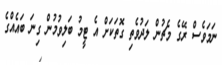
ނަމަވެސް ރޭގެ މެޗުން ލަދުވެތި ގޮތަކަށް އެ ޓީމު ބަލިވުމުން ގިނަ ބައެއްގެ